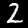
Digit: 2